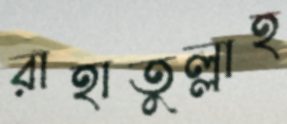
রাহাতুল্লাহ